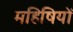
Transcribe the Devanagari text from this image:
महिषियों